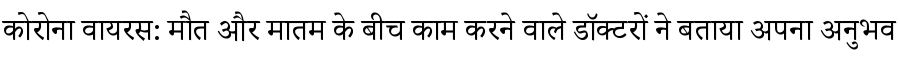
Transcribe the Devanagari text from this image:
कोरोना वायरस: मौत और मातम के बीच काम करने वाले डॉक्टरों ने बताया अपना अनुभव